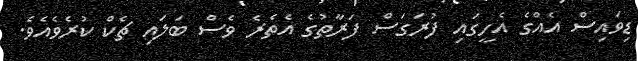
ޑިވައިސް އެއްގެ އެހީގައި ފުރަގަސް ފަރާތުގެ އެތެރެ ވެސް ބަލައި ޗެކް ކުރެވެއެވެ.